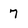
Character: 7